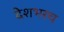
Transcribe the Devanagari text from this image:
देशभरच